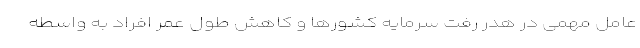
عامل مهمی در هدر رفت سرمایه کشورها و کاهش طول عمر افراد به واسطه‌